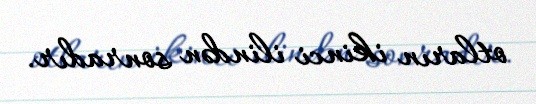
otların ikinci ilindən sonradır.